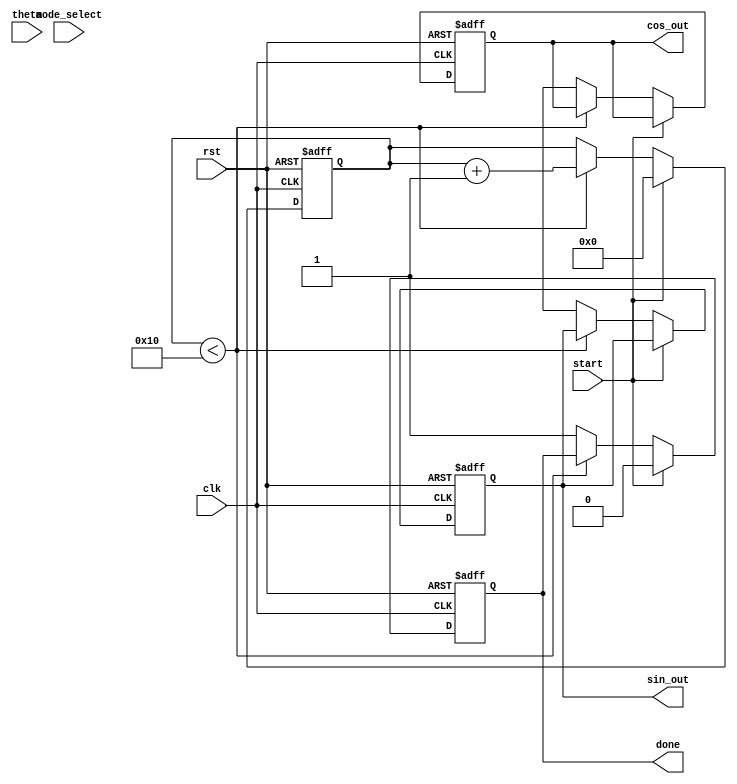
module cordic (
    input wire clk,
    input wire rst,
    input wire [15:0] theta, // Fixed-point angle input
    input wire mode_select,   // 0 for rotation, 1 for vectoring
    input wire start,         // Start signal
    output reg [15:0] sin_out, // Sine output
    output reg [15:0] cos_out, // Cosine output
    output reg done           // Done signal
);

    // Parameters
    parameter NUM_ITERATIONS = 16; // Number of CORDIC iterations
    parameter ANGLE_WIDTH = 16;     // Width for angle representation
    parameter CORDIC_GAIN = 16'h26DD; // Scaling factor (approx 0.607)

    // Internal registers
    reg [ANGLE_WIDTH-1:0] x [0:NUM_ITERATIONS-1]; // X coordinates
    reg [ANGLE_WIDTH-1:0] y [0:NUM_ITERATIONS-1]; // Y coordinates
    reg [ANGLE_WIDTH-1:0] z [0:NUM_ITERATIONS-1]; // Angle accumulator
    reg [4:0] iteration; // Current iteration counter
    reg [ANGLE_WIDTH-1:0] atan_table [0:NUM_ITERATIONS-1]; // Lookup table for arctangent values

    // Initialize the arctangent lookup table
    initial begin
        atan_table[0] = 16'h2000; // atan(2^0)
        atan_table[1] = 16'h1000; // atan(2^-1)
        atan_table[2] = 16'h0800; // atan(2^-2)
        atan_table[3] = 16'h0400; // atan(2^-3)
        atan_table[4] = 16'h0200; // atan(2^-4)
        atan_table[5] = 16'h0100; // atan(2^-5)
        atan_table[6] = 16'h0080; // atan(2^-6)
        atan_table[7] = 16'h0040; // atan(2^-7)
        atan_table[8] = 16'h0020; // atan(2^-8)
        atan_table[9] = 16'h0010; // atan(2^-9)
        atan_table[10] = 16'h0008; // atan(2^-10)
        atan_table[11] = 16'h0004; // atan(2^-11)
        atan_table[12] = 16'h0002; // atan(2^-12)
        atan_table[13] = 16'h0001; // atan(2^-13)
        atan_table[14] = 16'h0000; // atan(2^-14)
        atan_table[15] = 16'h0000; // atan(2^-15)
    end

    // State machine for CORDIC operation
    always @(posedge clk or posedge rst) begin
        if (rst) begin
            iteration <= 0;
            sin_out <= 0;
            cos_out <= 0;
            done <= 0;
        end else if (start) begin
            // Initialize x and y based on mode
            if (mode_select == 0) begin // Rotation mode
                x[0] <= 16'h4000; // Initial x = 1.0 (scaled)
                y[0] <= 0;       // Initial y = 0
                z[0] <= theta;   // Load theta
            end else begin // Vectoring mode
                x[0] <= 16'h4000; // Initial x = 1.0 (scaled)
                y[0] <= 16'h0000; // Initial y = 0
                z[0] <= theta;    // Load theta
            end
            iteration <= 0;
            done <= 0;
        end else if (iteration < NUM_ITERATIONS) begin
            // CORDIC iteration
            if (z[iteration] < 0) begin
                // Rotate clockwise
                x[iteration + 1] <= x[iteration] + (y[iteration] >>> iteration);
                y[iteration + 1] <= y[iteration] - (x[iteration] >>> iteration);
                z[iteration + 1] <= z[iteration] + atan_table[iteration];
            end else begin
                // Rotate counter-clockwise
                x[iteration + 1] <= x[iteration] - (y[iteration] >>> iteration);
                y[iteration + 1] <= y[iteration] + (x[iteration] >>> iteration);
                z[iteration + 1] <= z[iteration] - atan_table[iteration];
            end
            iteration <= iteration + 1;
        end else begin
            // Final output calculation
            sin_out <= y[NUM_ITERATIONS];
            cos_out <= x[NUM_ITERATIONS] * CORDIC_GAIN; // Scale the output
            done <= 1;
        end
    end
endmodule